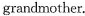
grandmother.